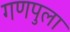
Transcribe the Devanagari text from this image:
गणपुला